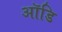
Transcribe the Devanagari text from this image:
ऑडि